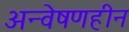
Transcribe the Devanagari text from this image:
अन्वेषणहीन